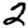
Digit: 2